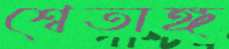
শ্বেতাঙ্গ